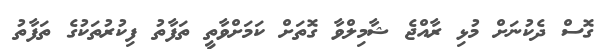
ގޮސް ދެކުނަށް މުޅި ރާއްޖެ ޝާމިލްވާ ގޮތަށް ކަމަށްވާތީ ތަފާތު ފިކުރުތަކުގެ ތަފާތު